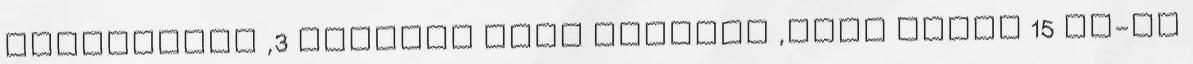
gyógyszert ,3 hónapig kell szednem ,majd műtét 15 Cm-es